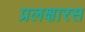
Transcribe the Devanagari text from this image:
प्रलक्षारस